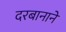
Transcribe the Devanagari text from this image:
दरबानाने